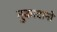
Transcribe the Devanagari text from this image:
नुकादानो